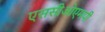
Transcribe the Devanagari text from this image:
एससीओएमपी